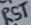
Text: RST